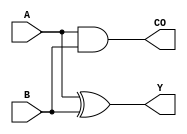
module halfadder(A, B, Y, CO);

input A, B;
output Y, CO;

assign Y = A ^ B;
assign CO = A & B;

endmodule